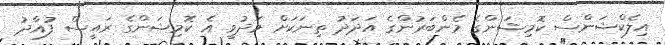
އިލެކްޝަންސް ކޮމިޝަންގެ މެންބަރުންގެ އަދަދު ތިނަކަށް މަދުވީ އެ ކޮމިޝަންގެ ރައީސް ފުއާދު